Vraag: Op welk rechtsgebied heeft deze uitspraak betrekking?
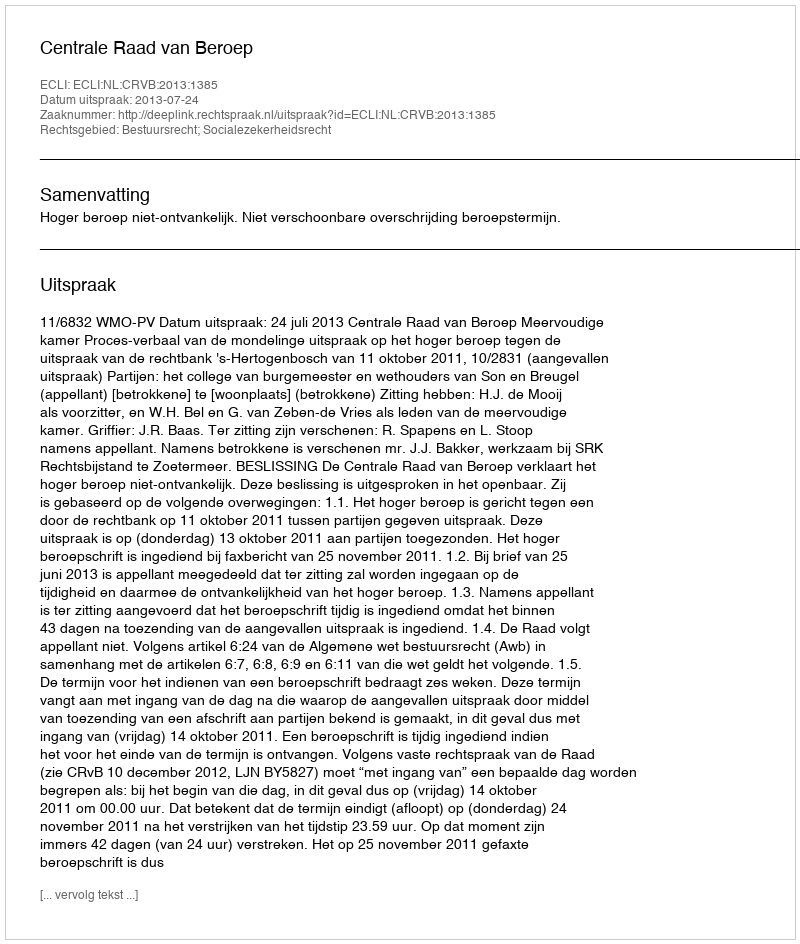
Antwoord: Bestuursrecht; Socialezekerheidsrecht